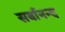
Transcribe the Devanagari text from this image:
सर्बानन्द